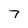
Character: 7